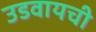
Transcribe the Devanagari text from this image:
उडवायची